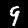
Label: 9